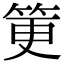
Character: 筻